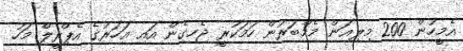
އެމީހުން 200 މިލިއަން މެމްބަރުން ހަމަކުރީ ޖެހިގެން އައި އަހަރުގެ އެޕްރީލް މަހު